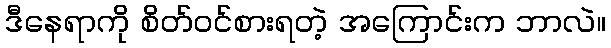
ဒီနေရာကို စိတ်ဝင်စားရတဲ့ အကြောင်းက ဘာလဲ။